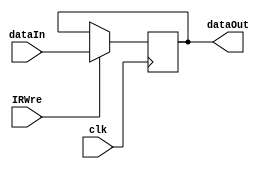
`timescale 1ns / 1ps
//////////////////////////////////////////////////////////////////////////////////
// Company: 
// Engineer: 
// 
// Design Name: 
// Module Name: IR
// Project Name: 
// Target Devices: 
// Tool Versions: 
// Description: 
// 
// Dependencies: 
// 
// Revision:
// Revision 0.01 - File Created
// Additional Comments:
// 
//////////////////////////////////////////////////////////////////////////////////


module IR(clk, IRWre, dataIn, dataOut);
  input clk;
  input IRWre;
  input [31:0] dataIn;
  output reg [31:0] dataOut;

  always @(negedge clk) begin
    if (IRWre) begin
      dataOut <= dataIn;
    end
  end
endmodule